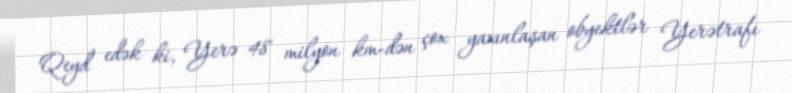
Qeyd edək ki, Yerə 48 milyon km-dən çox yaxınlaşan obyektlər Yerətrafı